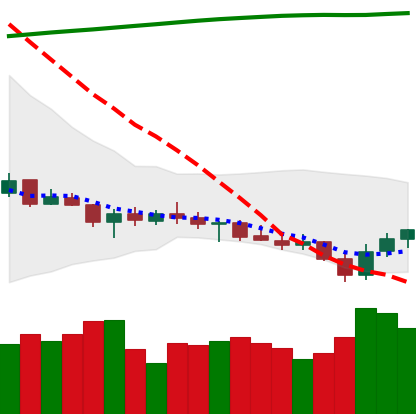
Ticker: XRP-USD
Chart end date: 2021-07-23
Forward return: 19.077%
Label: up_7plus